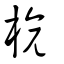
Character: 楌